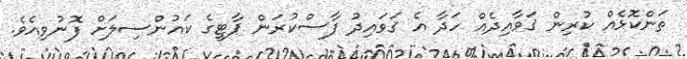
ތަންކޮޅެއް ކުރިން ޤަވާއިދެއް ހަދާ އެ ޤަވައިދު ފާސްކުރަން ޕާޓީގެ ކައުންސިލަށް ފޮނުވިއެވެ.